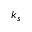
k _ { s }